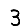
Digit: 3